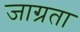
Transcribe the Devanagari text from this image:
जाग्रता